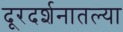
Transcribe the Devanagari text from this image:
दूरदर्शनातल्या